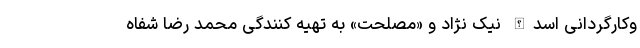
وکارگردانی اسدالله نیک نژاد و «مصلحت» به تهیه کنندگی محمد رضا شفاه